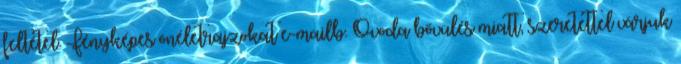
feltétel. Fényképes önéletrajzokat e-mailb. Óvoda bővülés miatt, szeretettel várjuk